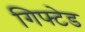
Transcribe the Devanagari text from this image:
गिफ्टेड